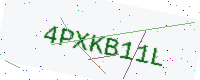
Text: 4PXKB11L